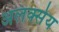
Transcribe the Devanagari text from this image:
अलक्सेय